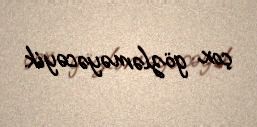
çox gözləməyəcəyik.